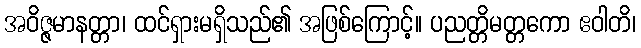
အဝိဇ္ဇမာနတ္တာ၊ ထင်ရှားမရှိသည်၏ အဖြစ်ကြောင့်။ ပညတ္တိမတ္တကော ဧဝါတိ၊